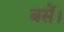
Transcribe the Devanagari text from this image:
बसें।